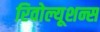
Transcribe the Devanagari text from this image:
रिवोल्यूशन्स